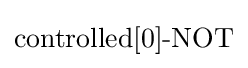
{\textstyle {\text{controlled[0]-NOT}}}